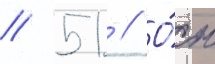
// 51 // О́н